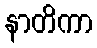
နာတိကာ